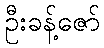
ဦးခန့်ဇော်